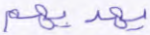
يهديهم